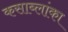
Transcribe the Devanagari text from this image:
कसाब्लांका